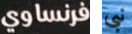
فرنساوي نبي